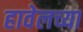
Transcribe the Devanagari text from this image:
हावेलच्या